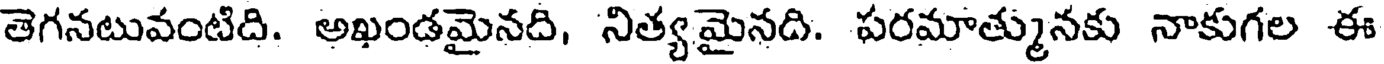
తెగనటువంటిది. అఖండమైనది, నిత్యమైనది. పరమాత్మునకు నాకుగల ఈ